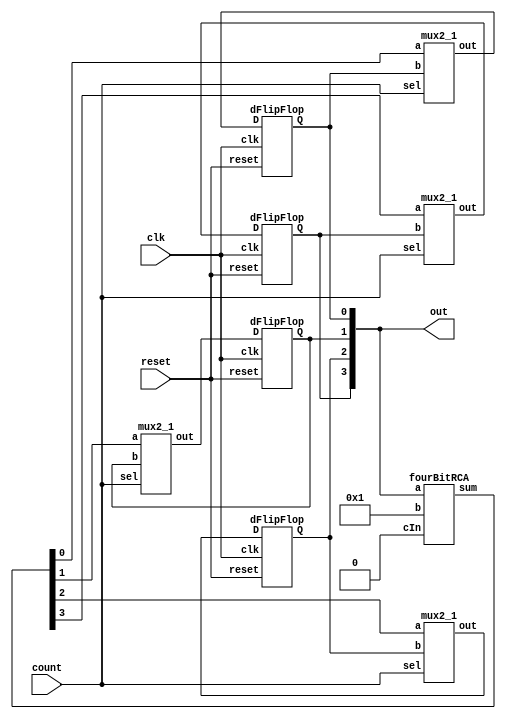
`timescale 1ns/1ps

module counter(
    input reset,clk, count,
    output [3:0] out
);
    wire w1,w2,w3,w4;
    wire [3:0] plusOne;

    dFlipFlop   d1(.D(w1), .clk(clk), .reset(reset), .Q(out[0])),
                d2(.D(w2), .clk(clk), .reset(reset), .Q(out[1])),
                d3(.D(w3), .clk(clk), .reset(reset), .Q(out[2])),
                d4(.D(w4), .clk(clk), .reset(reset), .Q(out[3]));

    mux2_1  mux1(.a(plusOne[0]), .b(out[0]), .sel(count), .out(w1)),
            mux2(.a(plusOne[1]), .b(out[1]), .sel(count), .out(w2)),
            mux3(.a(plusOne[2]), .b(out[2]), .sel(count), .out(w3)),
            mux4(.a(plusOne[3]), .b(out[3]), .sel(count), .out(w4));
    
    fourBitRCA rca(.a(out), .b(4'b1), .cIn(1'b0), .sum(plusOne));

    initial begin
        $dumpfile("wave.vcd");
        $dumpvars(0, counter);
    end
endmodule

module dFlipFlop(
    input D, clk, reset,
    output reg Q
);
    always @(posedge clk) begin
        if(reset == 0)
            Q<= 1'b0;
        else
            Q<=D;
    end
endmodule

module mux2_1(
    input a, b, sel,
    output out
);
    assign out = sel ? a:b;
endmodule

module fullAdder(
    input a, b, cIn,
    output sum, cOut
);
    assign sum = cIn ^ (a ^ b);
    assign cOut = (a & b) | (a & cIn) | (b & cIn);
endmodule

module fourBitRCA(
    input [3:0] a,b,
    input cIn,
    output [3:0] sum,
    output cOut
);
    wire w1,w2,w3;

    fullAdder fA1(.a(a[0]), .b(b[0]), .cIn(cIn), .sum(sum[0]), .cOut(w1));
    fullAdder fA2(.a(a[1]), .b(b[1]), .cIn(w1), .sum(sum[1]), .cOut(w2));
    fullAdder fA3(.a(a[2]), .b(b[2]), .cIn(w2), .sum(sum[2]), .cOut(w3));
    fullAdder fA4(.a(a[3]), .b(b[3]), .cIn(w3), .sum(sum[3]), .cOut(cOut));
endmodule